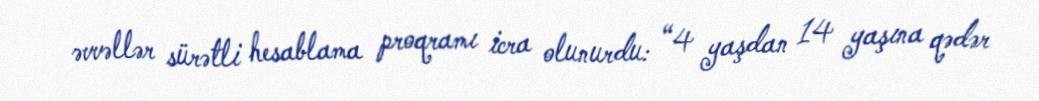
əvvəllər sürətli hesablama proqramı icra olunurdu: “4 yaşdan 14 yaşına qədər